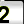
Digit: 2